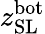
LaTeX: z_{\mathrm{SL}}^{\mathrm{bot}}